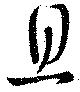
旦